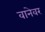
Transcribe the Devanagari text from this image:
वानेवर